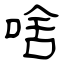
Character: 啥